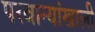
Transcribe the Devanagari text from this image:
परवान्यांखाली